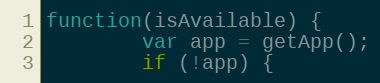
Language: JavaScript
function(isAvailable) {
        var app = getApp();
        if (!app) {